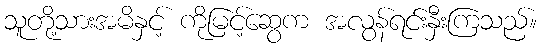
သူတို့သားအမိနှင့် ကိုမြင့်ဆွေက အလွန်ရင်းနှီးကြသည်။